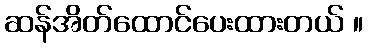
ဆန်အိတ်ထောင်ပေးထားတယ် ။